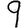
Digit: 9